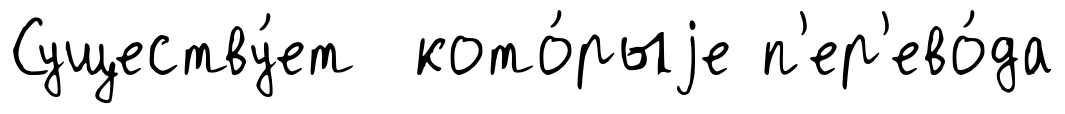
Существу́ет кото́рыjе п'ер'ево́да